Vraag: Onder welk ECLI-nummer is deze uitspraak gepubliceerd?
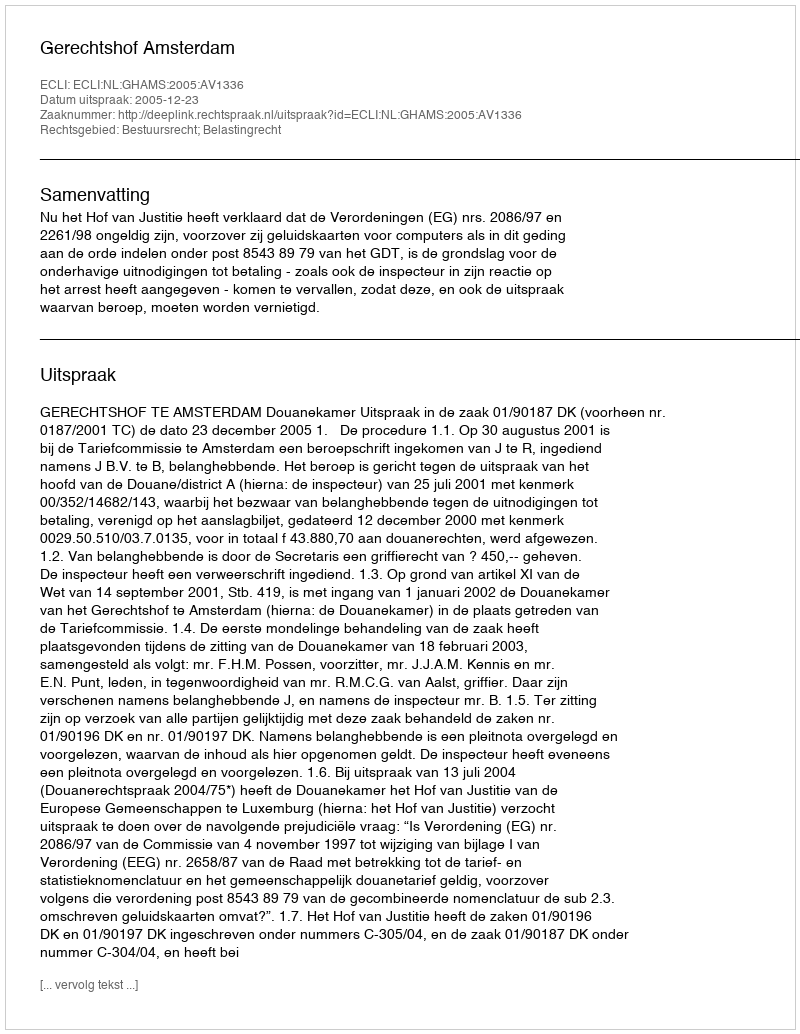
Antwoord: ECLI:NL:GHAMS:2005:AV1336